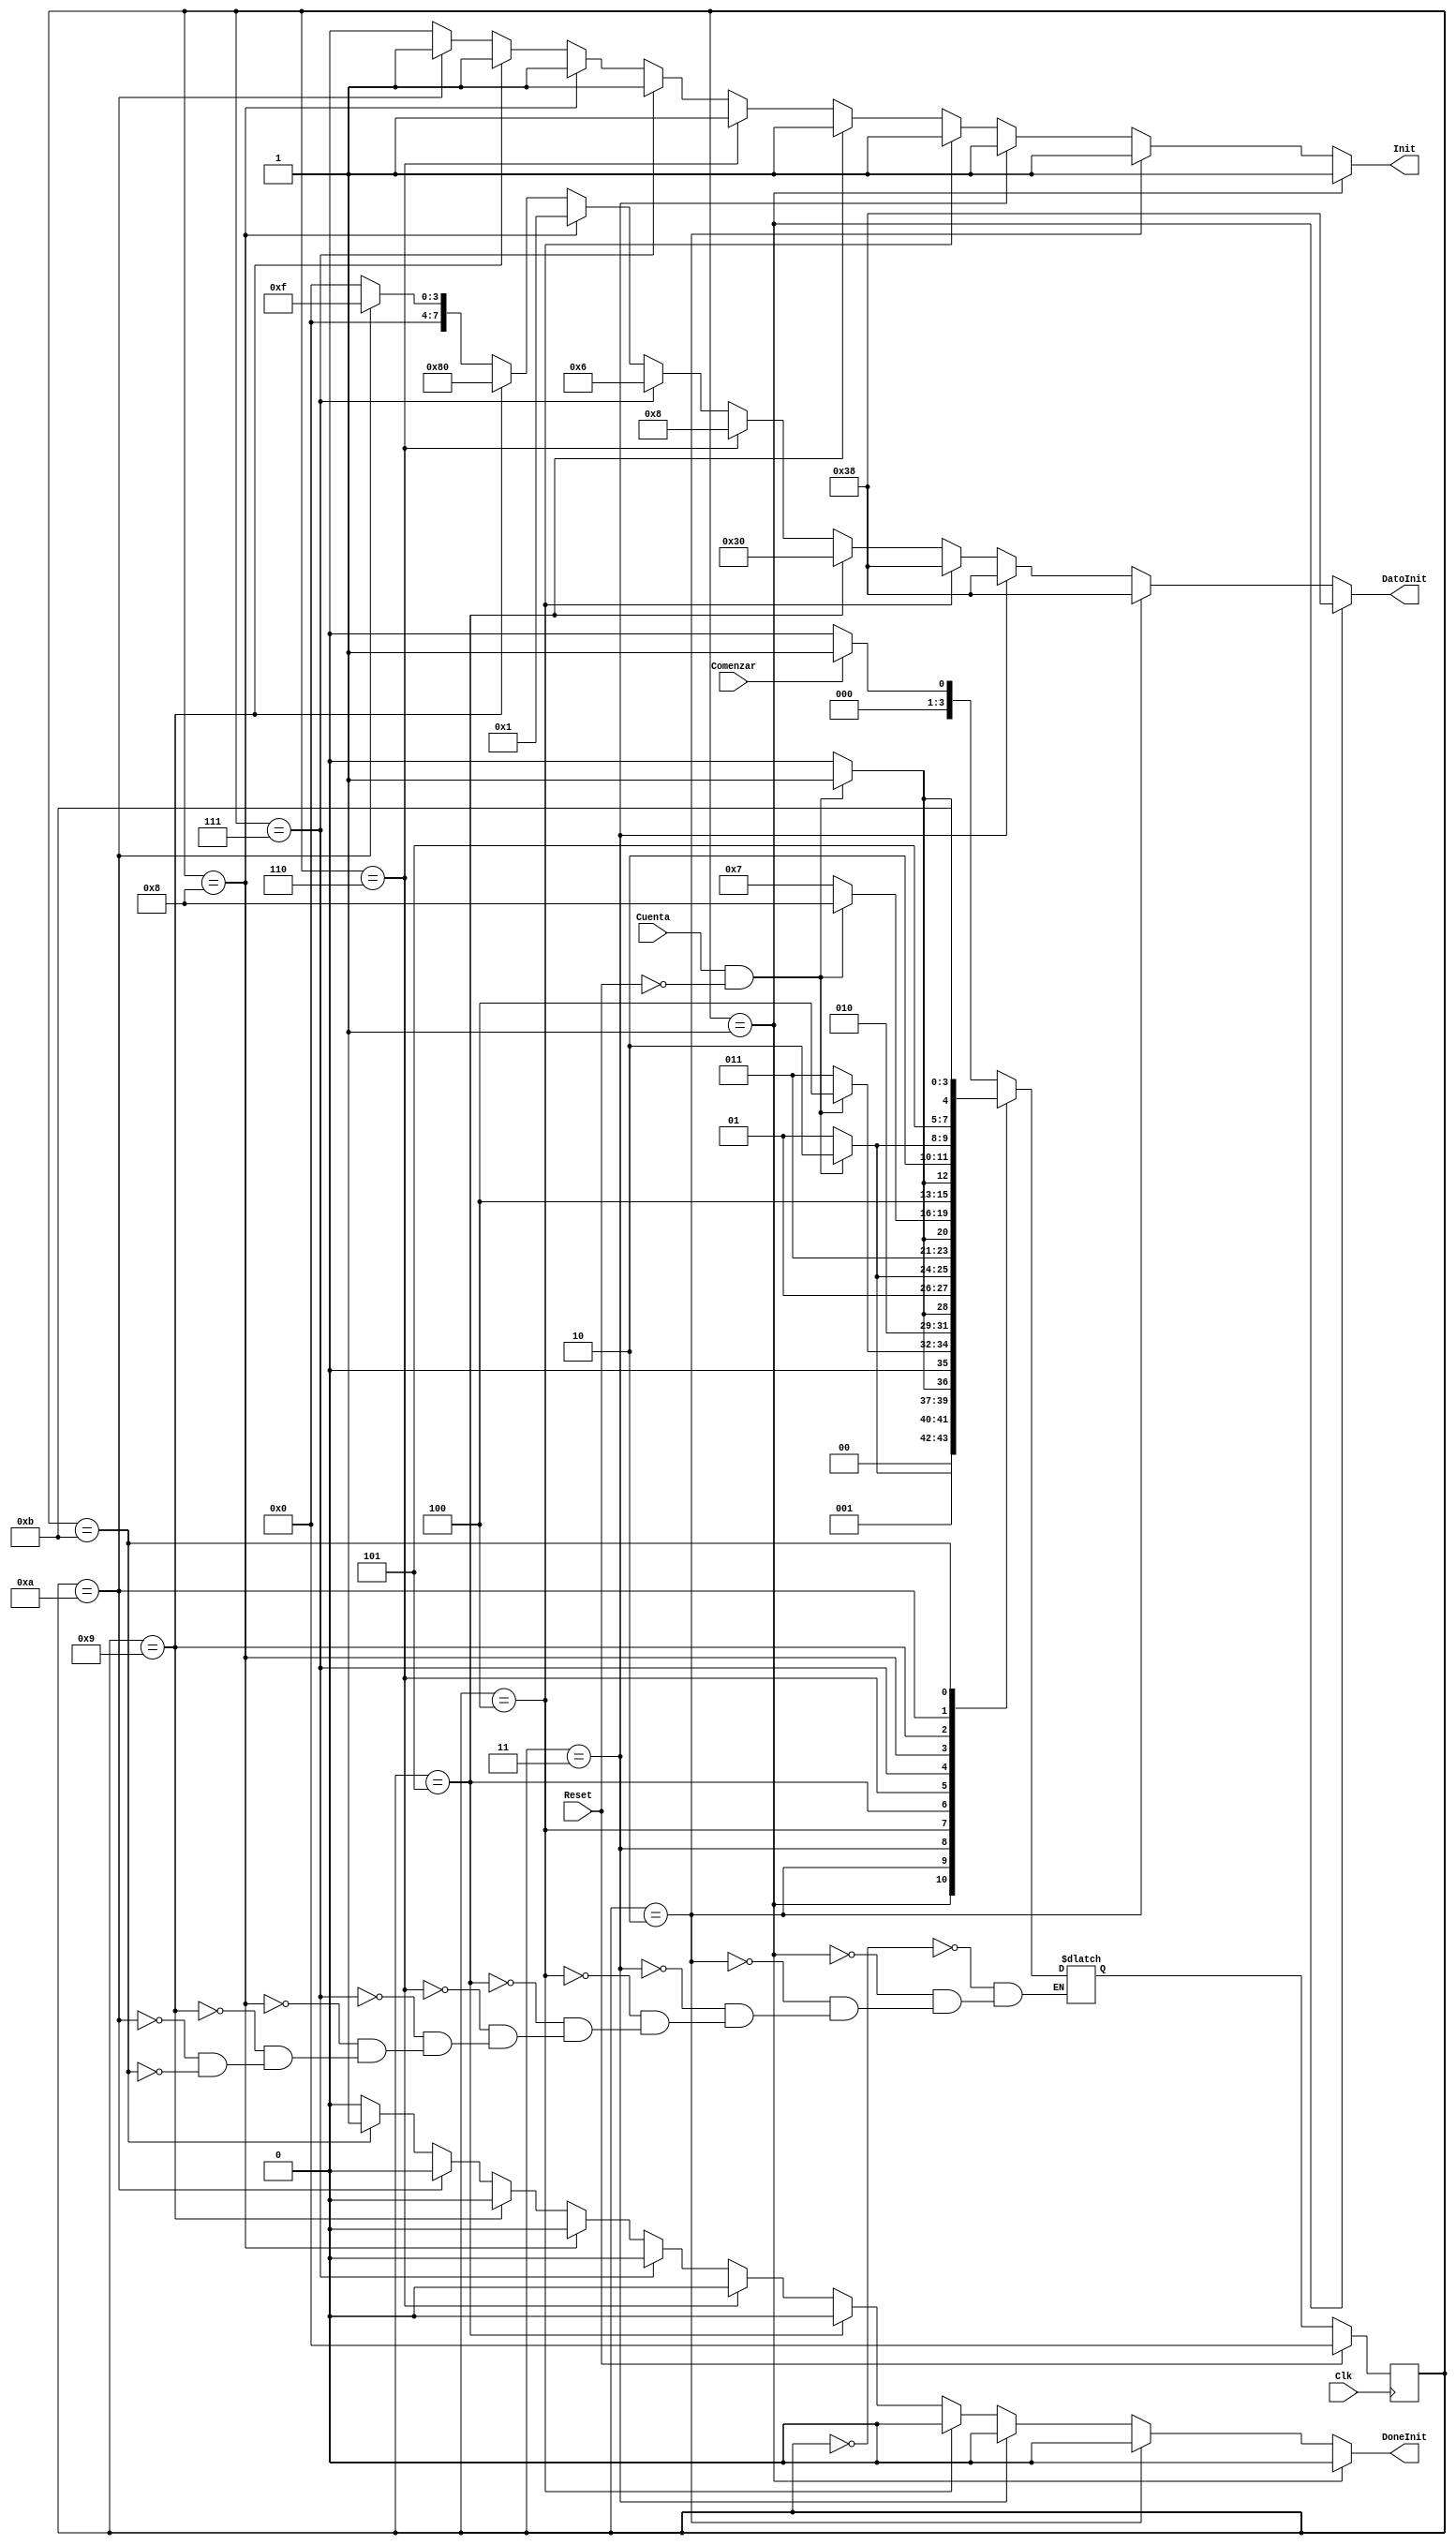
module Init(
    input Clk,
    input Reset,
    input Cuenta,
    input Comenzar,
    output [7:0] DatoInit,
    output Init,
    output DoneInit
    );
	 
//****************************************************
// DECLARACIN DE LAS SEALES DE LA MAQUINA DE ESTADOS	 

	 parameter [3:0] Encender    = 0;
	 parameter [3:0] Hex38       = 1;
	 parameter [3:0] Hex38_1     = 2;
	 parameter [3:0] Hex38_2     = 3;
   	 parameter [3:0] Hex38_3     = 4;
	 parameter [3:0] Hex30       = 5;
	 parameter [3:0] Hex8        = 6;
	 parameter [3:0] Hex06       = 7;
	 parameter [3:0] Hex01       = 8;
	 parameter [3:0] Hex80       = 9;
	 parameter [3:0] Hex0F       = 10;
	 parameter [3:0] Iniciohecho = 11;
	 

//***************************
// LOGICA DE ESTADO SIGUIENTE

	 
reg [3:0] EstadoActual, EstadoSiguiente;

always @ (negedge Clk) begin
       if (Reset) EstadoActual <= Encender;
	   else 
           EstadoActual <= EstadoSiguiente;
       end
	 

always @ (*) begin
       case (EstadoActual)

	 Encender:   if (Comenzar) EstadoSiguiente <= Hex38;	          // Si han pasado 40us ->  
			 else EstadoSiguiente <= Encender;

	 Hex38:	     if (Cuenta && !Reset ) EstadoSiguiente <= Hex38_1;	  // Si han pasado 40us -> Modo de Transferencia 8'b
			 else EstadoSiguiente <= Hex38; 

	 Hex38_1:    if (Cuenta && !Reset ) EstadoSiguiente <= Hex38_2;	  // Si han pasado 40us -> Modo de Transferencia 8'b
			 else EstadoSiguiente <= Hex38_1; 

	 Hex38_2:    if (Cuenta && !Reset ) EstadoSiguiente <= Hex38_3;	  // Si han pasado 40us -> Modo de Transferencia 8'b
			 else EstadoSiguiente <= Hex38_2;

	 Hex38_3:    if (Cuenta && !Reset ) EstadoSiguiente <= Hex30;	  // Si han pasado 40us -> Modo de Transferencia 8'b
			 else EstadoSiguiente <= Hex38_3;

	 Hex30:	     if (Cuenta && !Reset ) EstadoSiguiente <= Hex8;	  // Si han pasado 40us -> Modo de Transferencia 8'b
			 else EstadoSiguiente <= Hex30; 

	 Hex8:	     if (Cuenta && !Reset ) EstadoSiguiente <= Hex06;	  // Si han pasado 40us -> Modo de Transferencia 8'b
			 else EstadoSiguiente <= Hex8; 

	 Hex06:	     if (Cuenta && !Reset) EstadoSiguiente <= Hex01;	  // Si han pasado 40us -> Clears Display
			 else EstadoSiguiente <= Hex06; 

	 Hex01:	     if (Cuenta && !Reset) EstadoSiguiente <= Hex80;	  // Si han pasado 40us -> Forma de entrada de datos hacia la derecha.  
			 else EstadoSiguiente <= Hex01; 
                  
	 Hex80:	     if (Cuenta && !Reset) EstadoSiguiente <= Hex0F;      // Si han pasado 40us -> Acceso a posicion 0 de la DD Ram
			 else EstadoSiguiente <= Hex80;

	 Hex0F:	     if (Cuenta && !Reset) EstadoSiguiente <= Iniciohecho;// Si han pasado 40us -> Display On/off, Cursor on
			 else EstadoSiguiente <= Hex0F;

	 Iniciohecho:	 EstadoSiguiente <= Iniciohecho;
	 
	 endcase
	 end

//*********************	 
// FIN DE LA INICIACIN

	assign DatoInit = (EstadoActual == Hex38) ? 8'h38 : 
							 (EstadoActual == Hex38_1) ? 8'h38 :
							 (EstadoActual == Hex38_2) ? 8'h38 :
                          (EstadoActual == Hex38_3) ? 8'h38 :
							 (EstadoActual == Hex30) ? 8'h30 :
							 (EstadoActual == Hex8) ? 8'h8 :
						         (EstadoActual == Hex06) ? 8'h06 : 
						         (EstadoActual == Hex01) ? 8'h01 :  
						         (EstadoActual == Hex80) ? 8'h80 : 
						         (EstadoActual == Hex0F) ? 8'h0F : 8'h00; // Posicin del Cursor

        assign Init = (EstadoActual == Hex38) ? 1'b1 : 
						         (EstadoActual == Hex38_1) ? 1'b1 :
                      (EstadoActual == Hex38_2) ? 1'b1 :
                      (EstadoActual == Hex38_3) ? 1'b1 :
						         (EstadoActual == Hex30) ? 1'b1 :
						         (EstadoActual == Hex8) ? 1'b1 : 
						         (EstadoActual == Hex06) ? 1'b1 : 
						         (EstadoActual == Hex01) ? 1'b1 :
						         (EstadoActual == Hex80) ? 1'b1 : 
						         (EstadoActual == Hex0F) ? 1'b1 :1'b0;
						
	 assign DoneInit = (EstadoActual == Hex38) ? 1'b0 : 
						         (EstadoActual == Hex38_1) ? 1'b0 : 
                           (EstadoActual == Hex38_2) ? 1'b0 :
                           (EstadoActual == Hex38_3) ? 1'b0 : 
							 (EstadoActual == Hex30) ? 1'b0 :
							 (EstadoActual == Hex8) ? 1'b0 :
						         (EstadoActual == Hex06) ? 1'b0 :
						         (EstadoActual == Hex01) ? 1'b0 : 
						         (EstadoActual == Hex80) ? 1'b0 : 
						         (EstadoActual == Hex0F) ? 1'b0 : 
                           (EstadoActual == Iniciohecho) ? 1'b1 : 1'b0;



endmodule